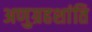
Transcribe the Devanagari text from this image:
अणुग्रहशांति